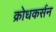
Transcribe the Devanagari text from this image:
क्रोधकर्सन